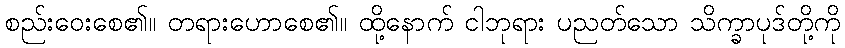
စည်းဝေးစေ၏။ တရားဟောစေ၏။ ထို့နောက် ငါဘုရား ပညတ်သော သိက္ခာပုဒ်တို့ကို